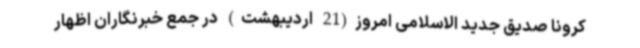
کرونا صدیق جدید الاسلامی امروز(21 اردیبهشت) در جمع خبرنگاران اظهار